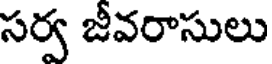
సర్వ జీవరాసులు